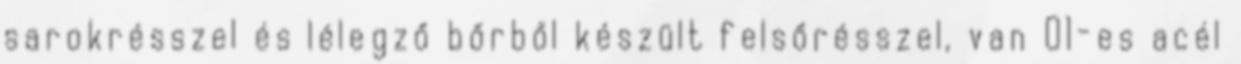
sarokrésszel és lélegző bőrből készült felsőrésszel, van O1-es acél